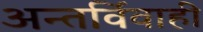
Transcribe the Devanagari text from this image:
अन्तर्विवाही